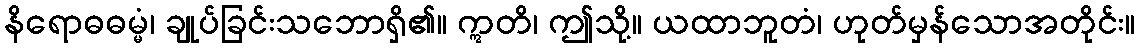
နိရောဓဓမ္မံ၊ ချုပ်ခြင်းသဘောရှိ၏။ ဣတိ၊ ဤသို့။ ယထာဘူတံ၊ ဟုတ်မှန်သောအတိုင်း။